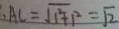
: A C = \sqrt { 1 ^ { 2 } + 1 ^ { 2 } } = \sqrt { 2 }